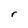
Character: r